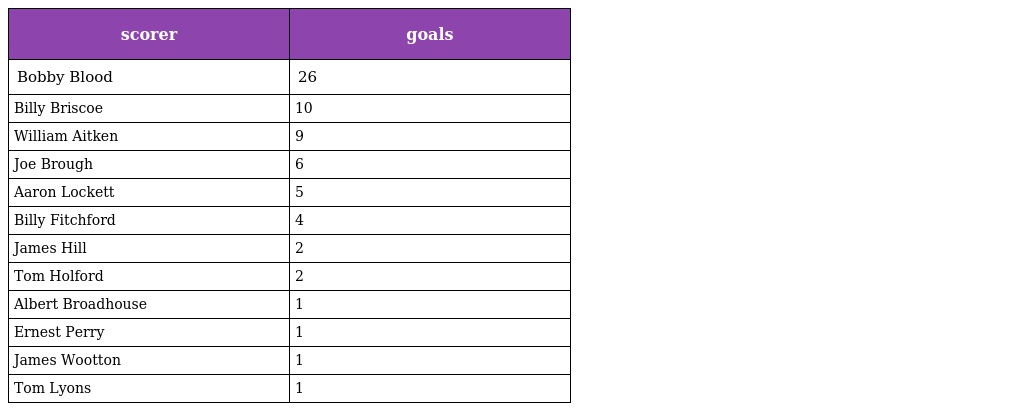
| scorer | goals |
 | --- | --- |
 | Bobby Blood | 26 |
 | Billy Briscoe | 10 |
 | William Aitken | 9 |
 | Joe Brough | 6 |
 | Aaron Lockett | 5 |
 | Billy Fitchford | 4 |
 | James Hill | 2 |
 | Tom Holford | 2 |
 | Albert Broadhouse | 1 |
 | Ernest Perry | 1 |
 | James Wootton | 1 |
 | Tom Lyons | 1 |